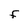
Character: F